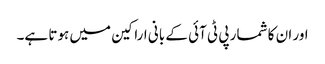
اور ان کا شمار پی ٹی آئی کے بانی اراکین میں ہوتا ہے۔